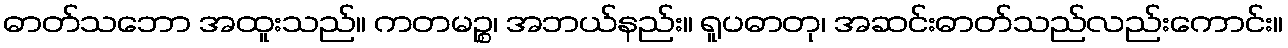
ဓာတ်သဘော အထူးသည်။ ကတမဉ္စ၊ အဘယ်နည်း။ ရူပဓာတု၊ အဆင်းဓာတ်သည်လည်းကောင်း။